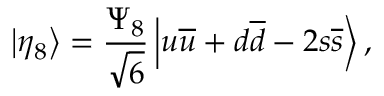
\left| \eta _ { 8 } \right\rangle = \frac { \Psi _ { 8 } } { \sqrt { 6 } } \left| u \overline { { { u } } } + d \overline { { { d } } } - 2 s \overline { { { s } } } \right\rangle ,